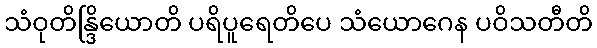
သံဝုတိန္ဒြိယောတိ ပရိပူရေတိပေ သံယောဂေန ပဝိသတီတိ